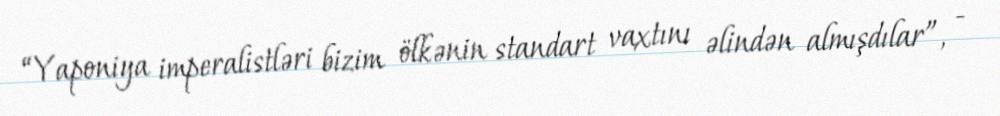
“Yaponiya imperalistləri bizim ölkənin standart vaxtını əlindən almışdılar”, -